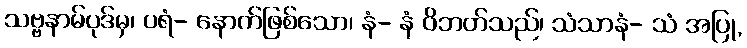
သဗ္ဗနာမ်ပုဒ်မှ၊ ပရံ- နောက်ဖြစ်သော၊ နံ- နံ ဝိဘတ်သည်၊ သံသာနံ- သံ အပြု,